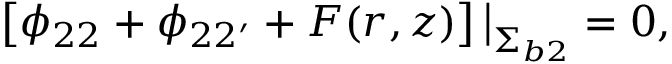
\left[ \phi _ { 2 2 } + \phi _ { 2 2 ^ { \prime } } + F ( r , z ) \right] \big | _ { { \upSigma } _ { b 2 } } = 0 ,